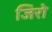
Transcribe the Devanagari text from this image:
जिरो